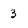
Character: 3